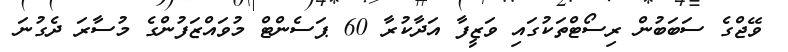
ވޭޖްގެ ސަބަބުން ރިސޯޓްތަކުގައި ވަޒީފާ އަދާކުރާ 60 ޕަސެންޓް މުވައްޒަފުންގެ މުސާރަ ދެގުނަ